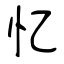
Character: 忆